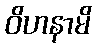
ဝိဟနာမိ